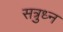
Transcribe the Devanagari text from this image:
सत्रुध्न